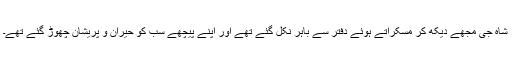
شاہ جی مجھے دیکھ کر مسکراتے ہوئے دفتر سے باہر نکل گئے تھے اور اپنے پیچھے سب کو حیران و پریشان چھوڑ گئے تھے۔